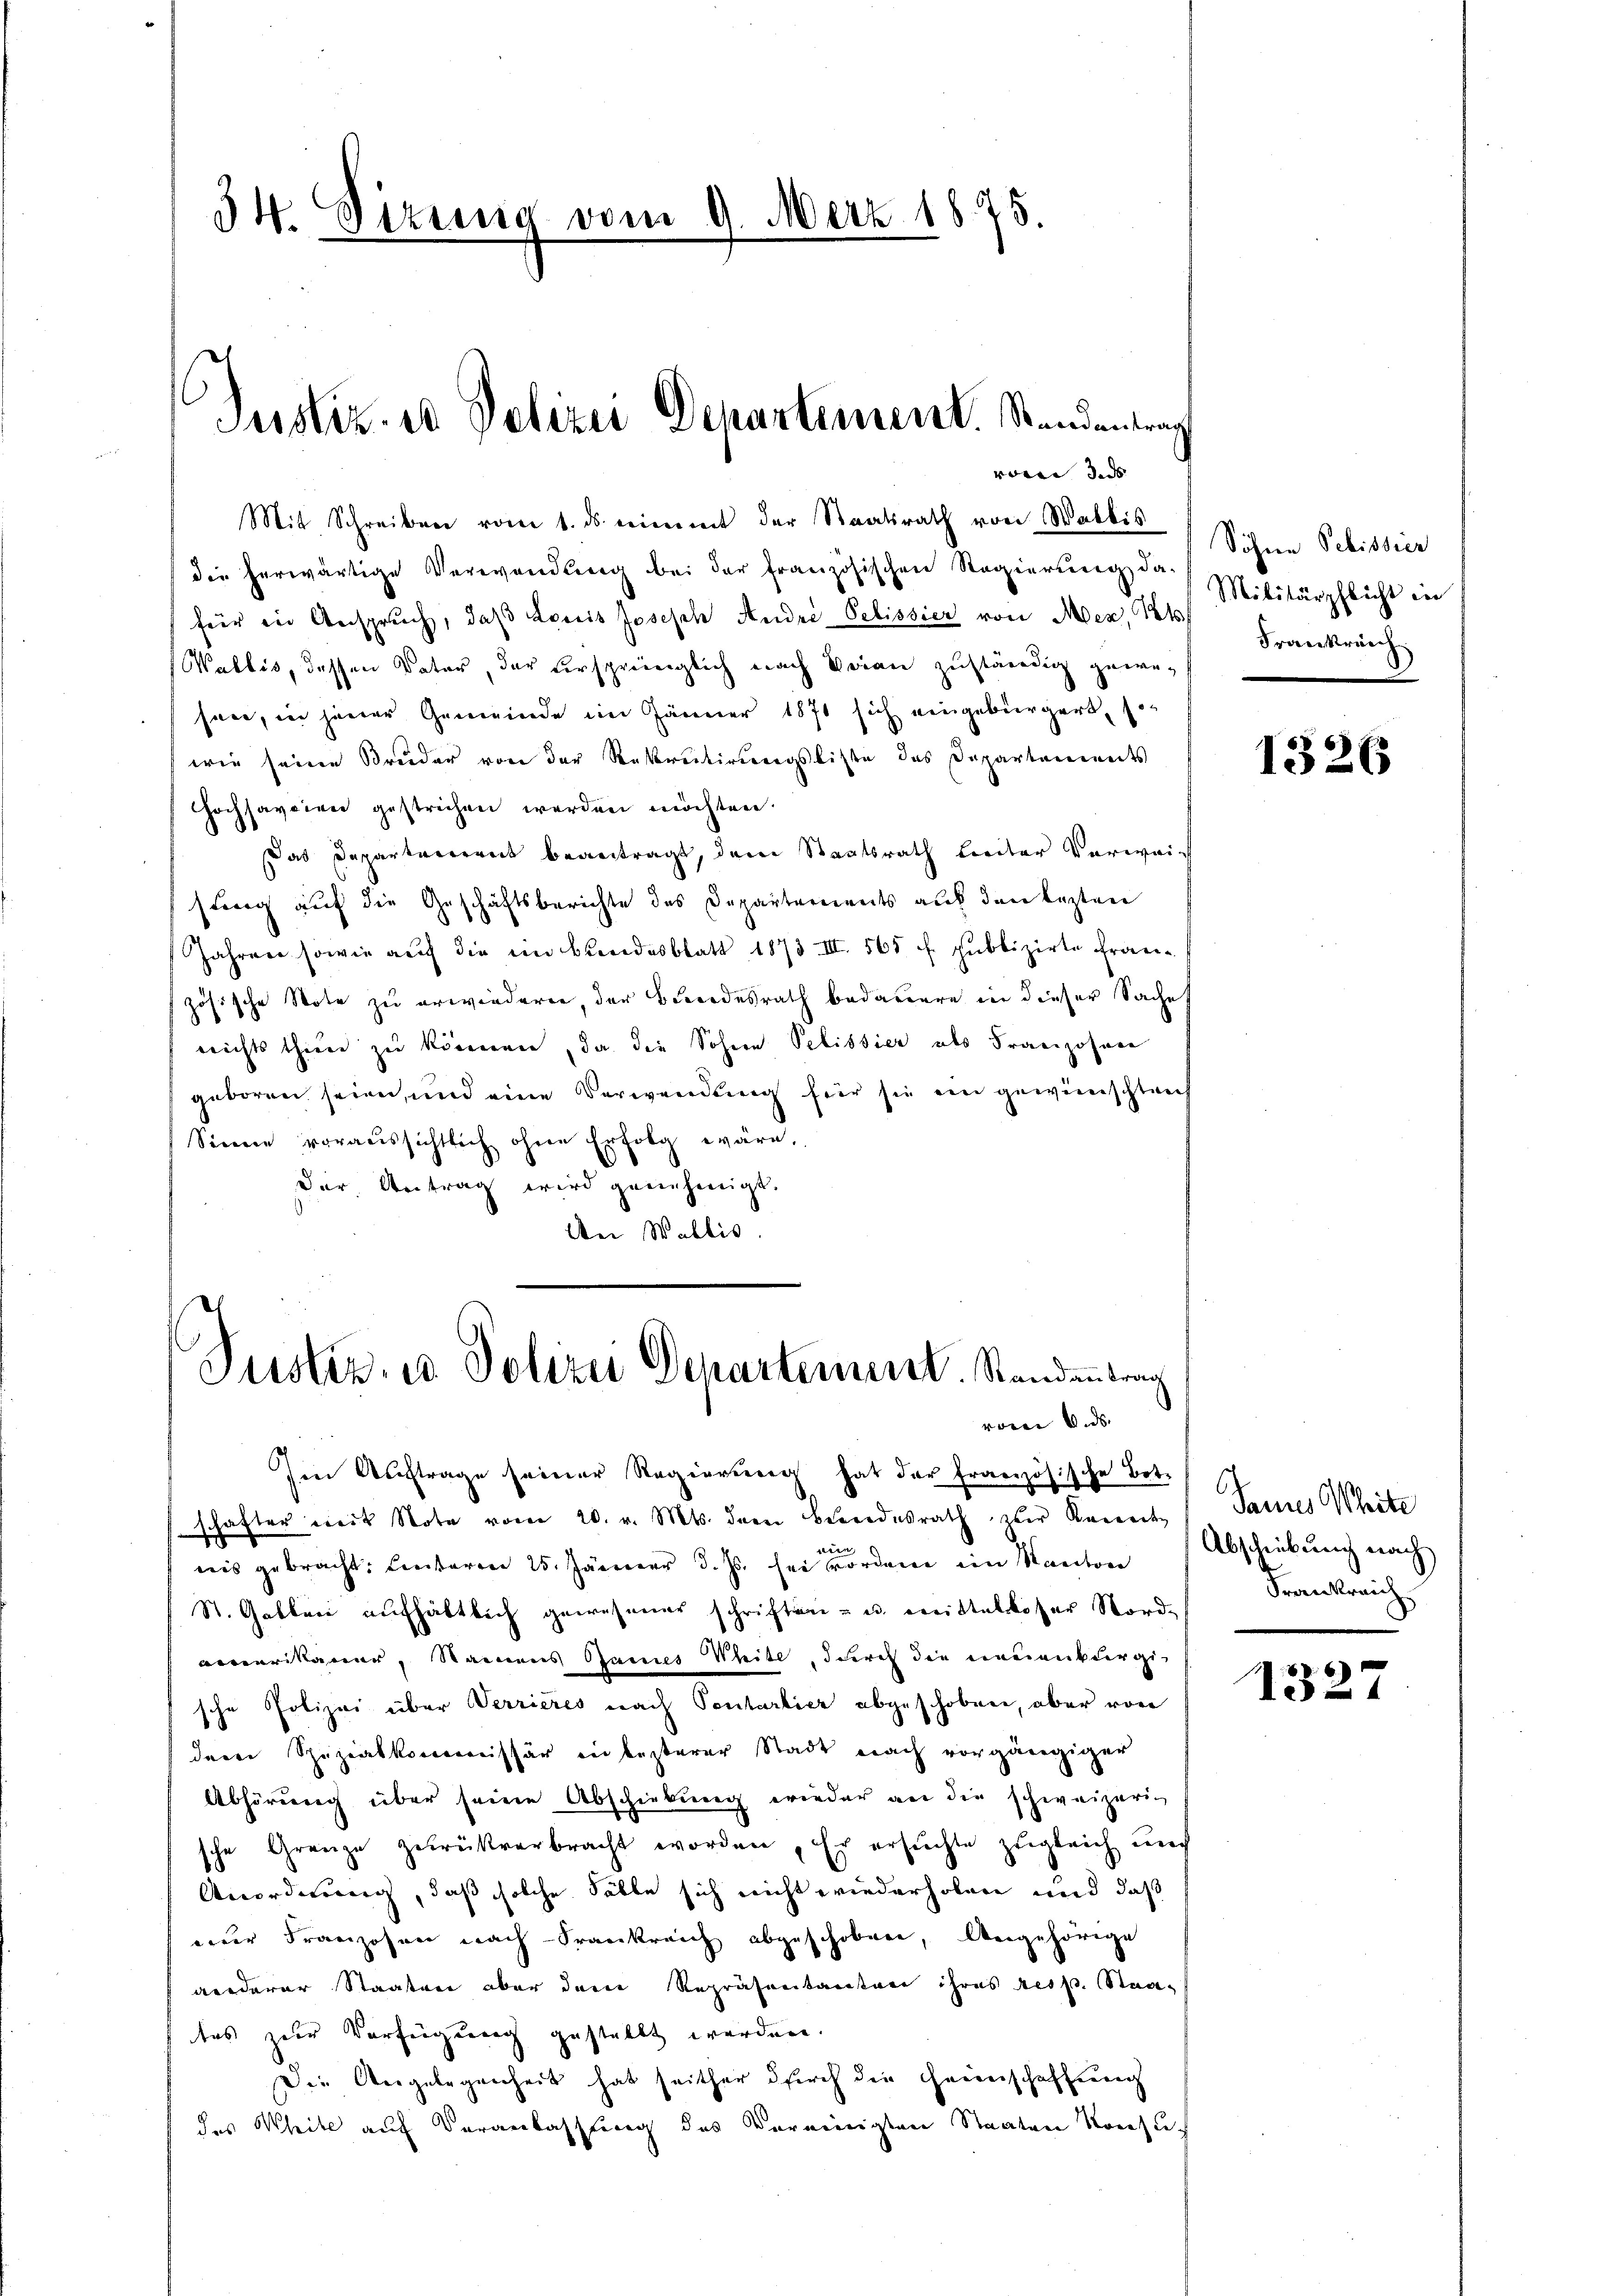
Justiz- u Polizei Departement. Standentrag
vorne dass |

34. Sizung vom 9. März 1875.

Mit Schreiben vom 1. ds. nimmt der Staatsrath von Wallis
die herwärtige Verwendung bei der französischen Regierung da-
für in Anspruch, daβ Louis Joseph Andre Pelissier von Mez, 1. Frankränz
(Wallis, dessen Vater, der versprünglich nach Veran zuständig gewesen, in jener Gemeinde im Jänner 1871 sich eingebürgert, son
wie seine Bruder von der Rekretirungsliste das Departements
Hochsavcien gestrichen werden möchten.
Das Departarrereit beantragt, der Staatsrath breiter Verweisung auf die Geschäftsberichte des Departements auf den lezten
Jahren sowie auch die im Bundesblatt 1873. III 565 f. publizirte Französische Note zu erwiederen, der Brodesrath bedauere in dieser Sache
nichts thien zu können, da die Sohnen Pelistier als Franzosen
geboren seien, und eine Verwendung für sie ein gewünschtrech
Sinne voraussichtlich ohne Erfolg wäre,
der Antrag wird genehmigt.
Aei Wallis.

Justiz- u Polizei Departement. Standentrag

Im Auftrage seiner Regierŭng hat der französische Bot-
schafter mit Note vom 20. v. Mts. dem Beendesrath zur Regenden
.
n
nis gebracht: Einteren 25. Jänner d. Js. sei vorden ein Kanton Abschiebŭng nach
St. Gallen aufhältlich gewesener schriften- u. mittelkoser Nord-
averikaner, Namens Bannes Weite, durch die neuenburgische Polizei über Verrieres nach Pentartier abgeschoben, aber von
dene Spezialkommissär in besterer Stadt nach vorgängiger
Abhörung über seine Abschiebung wieder an die schweizerische Grenze zurückverbracht worden, Er ersuchte zugleich auch
Anordnung, daß solche Fälle sich nicht wiederholen und daß
einer Franzosen nach Frankreich abgeschoben, Angehörige
aenderer Staaten aber deren Repräsentanten ihres resp. Staates zur Verfügung gestellt werden.
Die Angelegenheit hat seither durch die Heimschaffung
das Weile auf Veranlassung des Vereinigten Staaten Konsue

voren v. ds. |

Söhne Pebissier
Militärpflicht in

1526

Saures Weite
Frankreich

1327